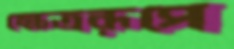
ক্ষেত্ররূপে